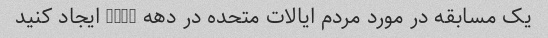
یک مسابقه در مورد مردم ایالات متحده در دهه 1800 ایجاد کنید